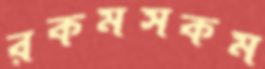
রকমসকম